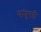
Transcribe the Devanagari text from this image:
यांपुरती